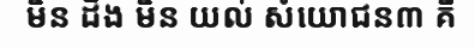
មិន ដឹង មិន យល់ សំយោជន៣ គឺ